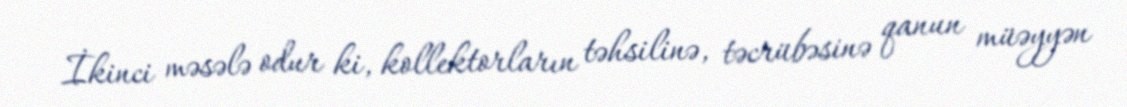
İkinci məsələ odur ki, kollektorların təhsilinə, təcrübəsinə qanun müəyyən